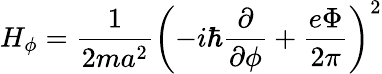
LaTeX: H_{\phi}=\frac{1}{2ma^{2}}\left(-i\hbar\frac{\partial}{\partial\phi}+\frac{e\Phi}{2\pi}\right)^{2}